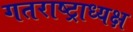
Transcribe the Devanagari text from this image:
गतराष्ट्राध्यक्ष